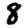
Digit: 8